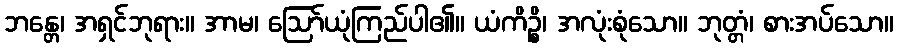
ဘန္တေ၊ အရှင်ဘုရား။ အာမ၊ ဩော်ယုံကြည်ပါ၏။ ယံကိဉ္စိ၊ အလုံးစုံသော။ ဘုတ္တံ၊ စားအပ်သော။